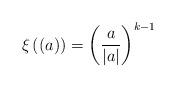
LaTeX: \begin{align*} \xi\left((a)\right) = \left(\frac{a}{|a|}\right)^{k-1}\end{align*}